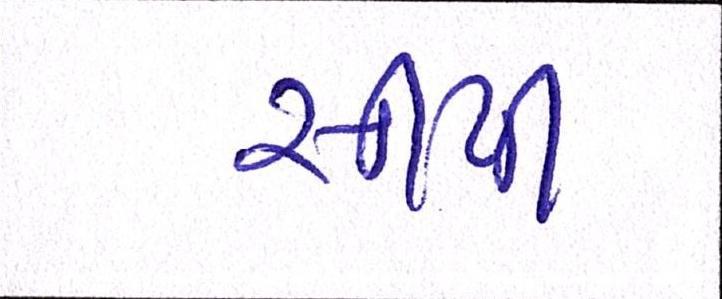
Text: સીપી